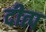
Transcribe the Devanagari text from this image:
दीत्प